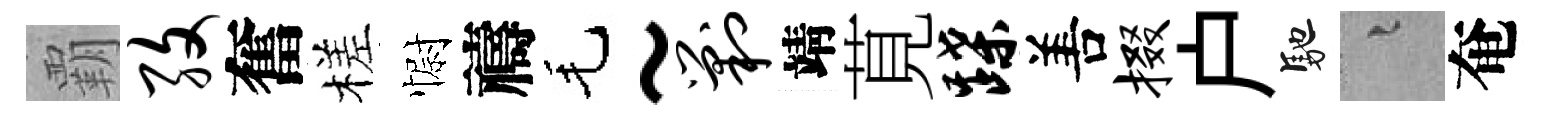
覇孜奮槎𢠢禱毛~剿靖莧蹀𠵊掇户馳融奄